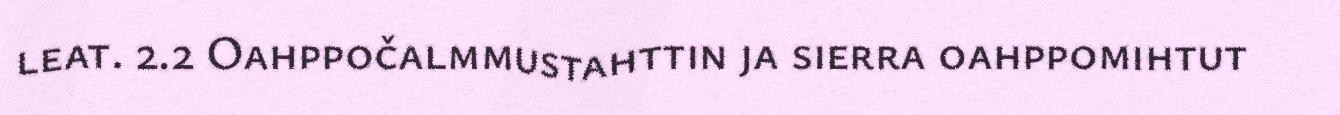
leat. 2.2 Oahppočalmmustahttin ja sierra oahppomihtut